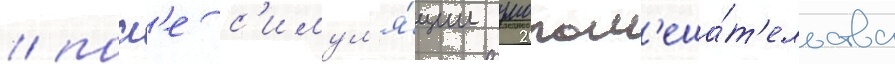
/ посл'е с'имул'я́ции умопом'еша́т'ельства